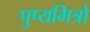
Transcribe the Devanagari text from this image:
पुष्यमित्रों